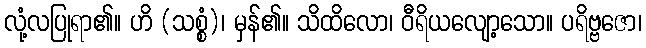
လုံ့လပြုရာ၏။ ဟိ (သစ္စံ)၊ မှန်၏။ သိထိလော၊ ဝီရိယလျော့သော။ ပရိဗ္ဗဇော၊